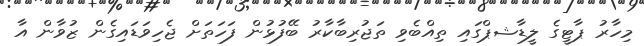
މިހާރު ޕާޓީގެ ލީޑާޝޕްގައި ތިއްބެވި ތަޖުރިބާކާރު ބޭފުޅުން ފަހަތަށް ޖެހިވަޑައިގެން ޒުވާން އާ